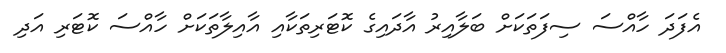
އެފަދަ ހާއްސަ ސިފަތަކަށް ބަލާއިރު އާދައިގެ ކޮޓަރިތަކާއި އާއިލާތަކަށް ހާއްސަ ކޮޓަރި އަދި